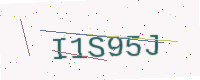
Text: I1S95J